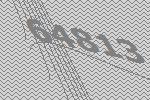
64813